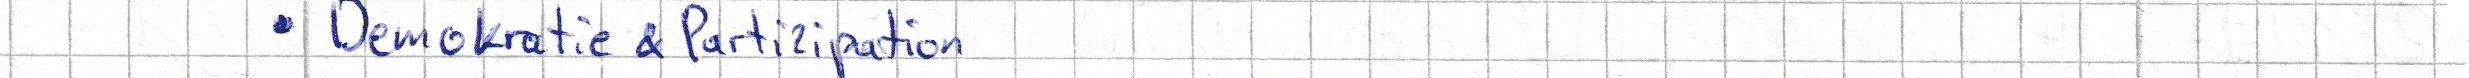
Demokratie & Partizipation